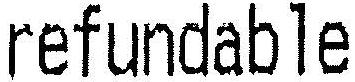
REFUNDABLE